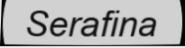
Serafina